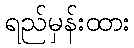
ရည်မှန်းထား